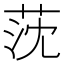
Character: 莐